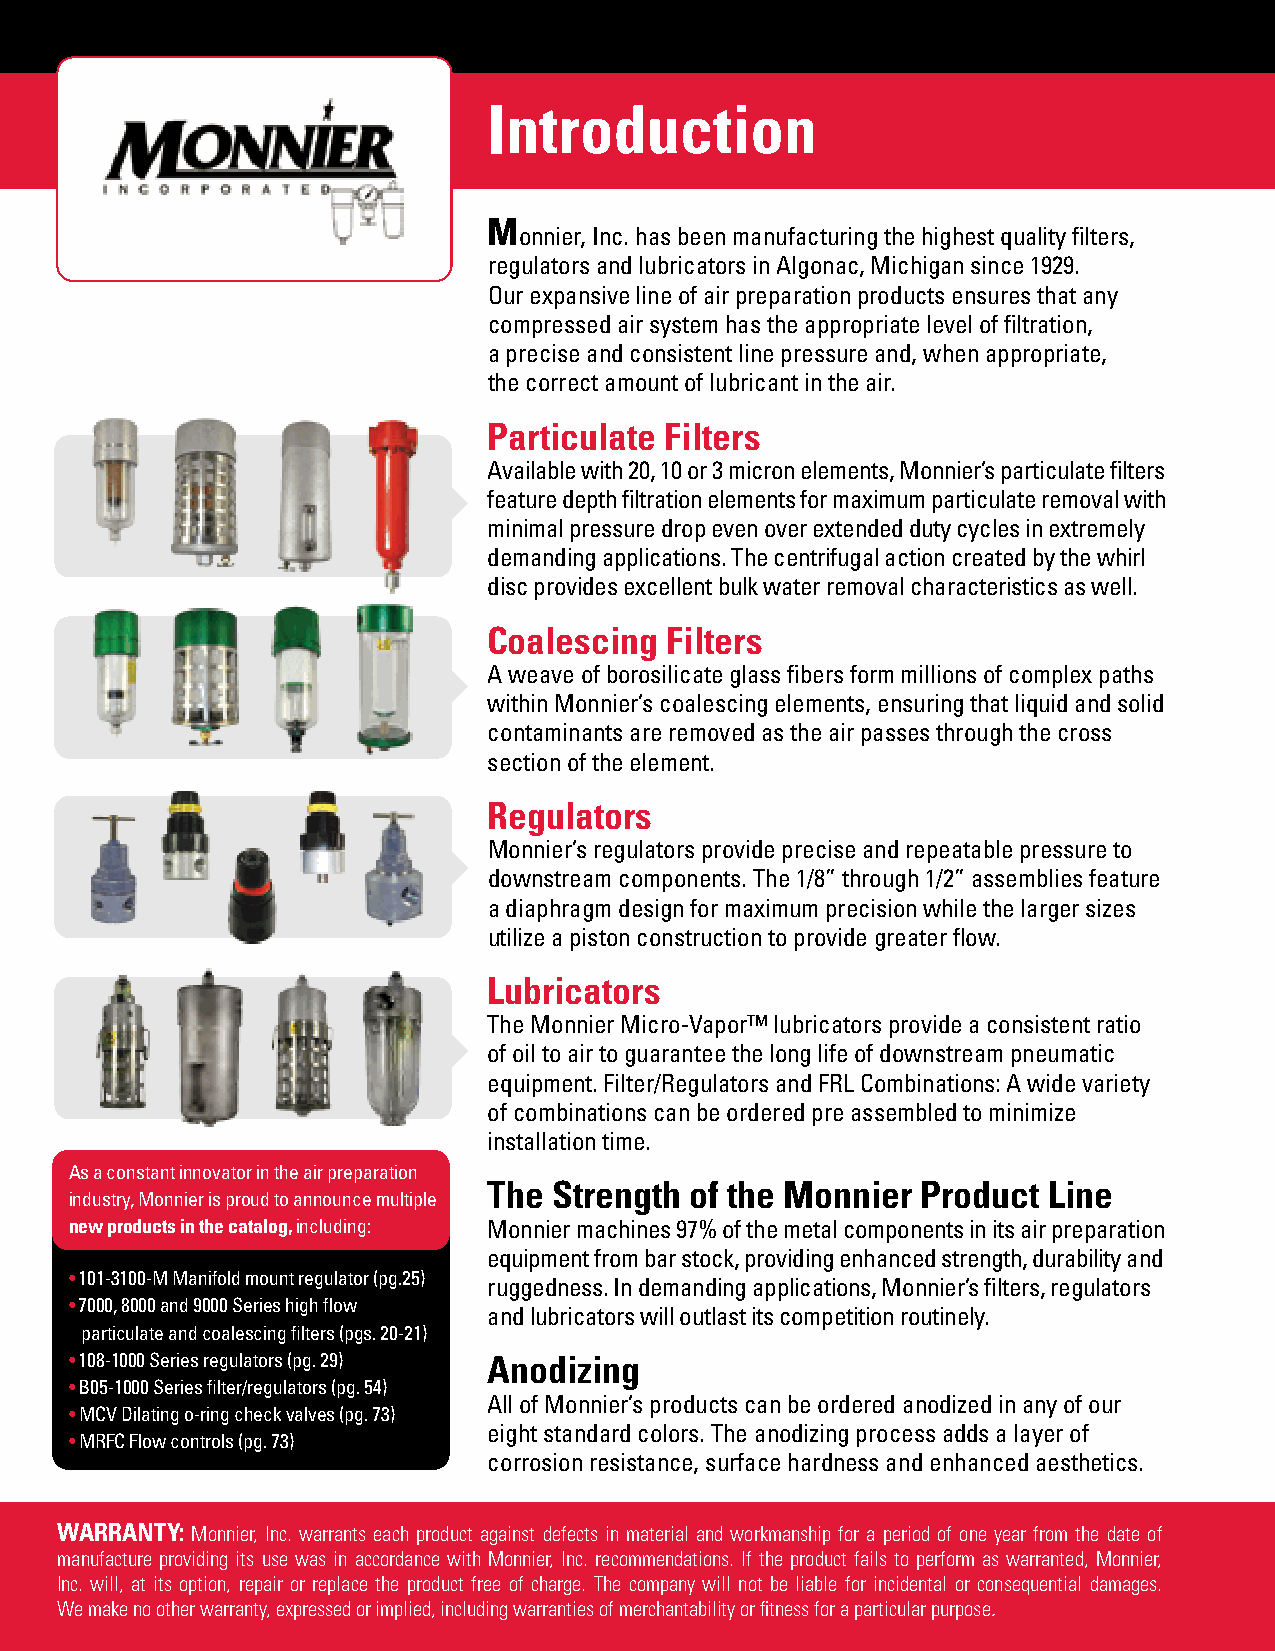
Introduction
 M
 onnier, Inc. has been manufacturing the highest quality filters,
 regulators and lubricators in Algonac, Michigan since 1929.
 Our expansive line of air preparation products ensures that any
 compressed air system has the appropriate level of filtration,
 a precise and consistent line pressure and, when appropriate,
 the correct amount of lubricant in the air.
 Particulate Filters
 Available with 20, 10 or 3 micron elements, Monnier’s particulate filters
 feature depth filtration elements for maximum particulate removal with
 minimal pressure drop even over extended duty cycles in extremely
 demanding applications. The centrifugal action created by the whirl
 disc provides excellent bulk water removal characteristics as well.
 Coalescing  Filters
 A weave of borosilicate glass fibers form millions of complex paths
 within Monnier’s coalescing elements, ensuring that liquid and solid
 contaminants are removed as the air passes through the cross
 section of the element.
 Regulators
 Monnier’s regulators provide precise and repeatable pressure to
 downstream components. The 1/8” through 1/2” assemblies feature
 a diaphragm design for maximum precision while the larger sizes
 utilize a piston construction to provide greater flow.
 Lubricators
 The Monnier Micro-Vapor™ lubricators provide a consistent ratio
 of oil to air to guarantee the long life of downstream pneumatic
 equipment. Filter/Regulators and FRL Combinations: A wide variety
 of combinations can be ordered pre assembled to minimize
 installation time.
 As a constant innovator in the air preparation
 The  Strength of the Monnier Product Line
 industry, Monnier is proud to announce multiple
 new products in the catalog, including: Monnier machines 97% of the metal components in its air preparation
 equipment from bar stock, providing enhanced strength, durability and
 • 101-3100-M Manifold mount regulator (pg.25)
 ruggedness. In demanding applications, Monnier’s filters, regulators
 • 7000, 8000 and 9000 Series high flow
 and lubricators will outlast its competition routinely.
 particulate and coalescing filters (pgs. 20-21)
 • 108-1000 Series regulators (pg. 29) Anodizing
 • B05-1000 Series filter/regulators (pg. 54)
 All of Monnier’s products can be ordered anodized in any of our
 • MCV Dilating o-ring check valves (pg. 73)
 eight standard colors. The anodizing process adds a layer of
 • MRFC Flow controls (pg. 73)
 corrosion resistance, surface hardness and enhanced aesthetics.
 WARRANTY: Monnier, Inc. warrants each product against defects in material and workmanship for a period of one year from the date of
 manufacture providing its use was in accordance with Monnier, Inc. recommendations. If the product fails to perform as warranted, Monnier,
 Inc. will, at its option, repair or replace the product free of charge. The company will not be liable for incidental or consequential damages.
 We make no other warranty, expressed or implied, including warranties of merchantability or fitness for a particular purpose.